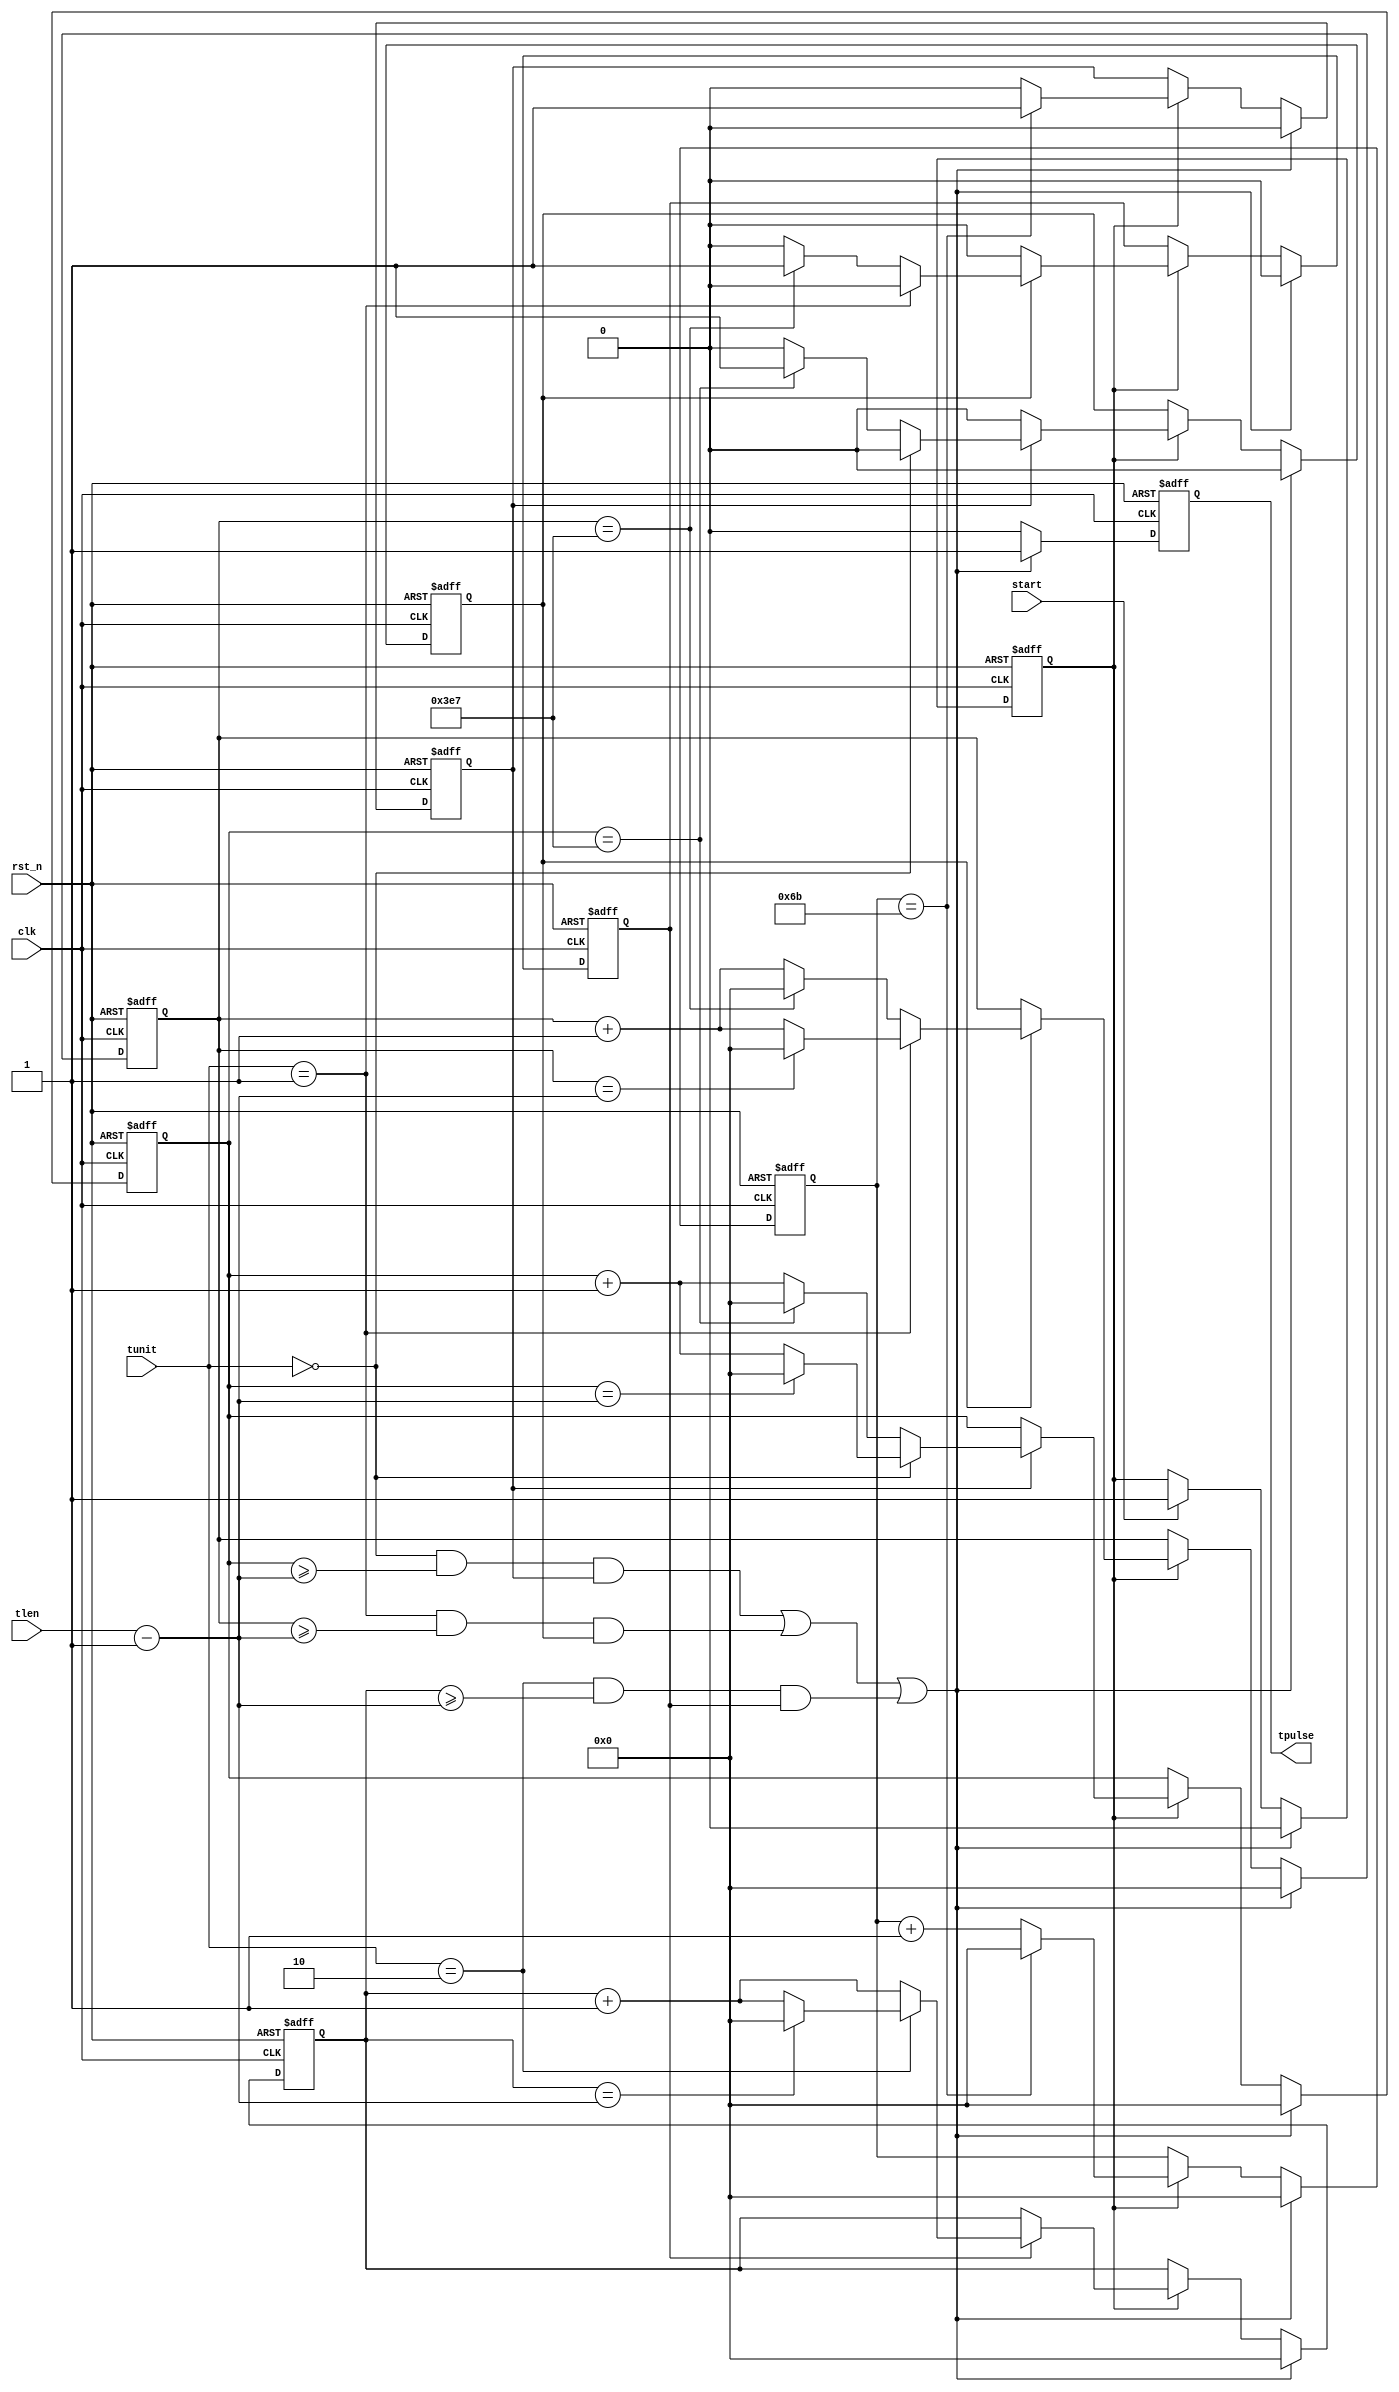

module timer(
    input                 clk               ,
    input                 rst_n             ,
    input                 start             ,
    input       [1:0]     tunit             ,  //2'b00 - us; 2'b01 - ms; 2'b10 - s; 2'b11 - reserved
    input       [15:0]    tlen              ,  //timing length, when time equal to tlen, tpulse valid
    output reg            tpulse
);

//parameters
parameter       CNT1US                     = 108                ;
parameter       CNT1MS                     = 1000               ;
parameter       CNT1S                      = 1000               ;

//internal variable declaration
reg                             t_cnt_en                        ;
reg                             pulse_1us                       ;
reg                             pulse_1ms                       ;
reg                             pulse_1s                        ;
reg     [15:0]                  cnt_clk                         ;
reg     [15:0]                  cnt_us                          ;
reg     [15:0]                  cnt_ms                          ;
reg     [15:0]                  cnt_s                           ;

wire                            timeout                         ;

assign timeout = (((tunit == 2'b00) && (cnt_us >= tlen - 10'b1) && (pulse_1us == 1'b1))
                     || ((tunit == 2'b01) && (cnt_ms >= tlen - 10'b1) && (pulse_1ms == 1'b1))
                     || ((tunit == 2'b10) && (cnt_s >= tlen - 10'b1) && (pulse_1s == 1'b1)));

always @(posedge clk or negedge rst_n)
begin
    if (rst_n == 1'b0)
    begin
        t_cnt_en <= 1'b0;
    end
    else
    begin
        if (timeout == 1'b1)
        begin
            t_cnt_en <= 1'b0;
        end
        else if (start == 1'b1)
        begin
            t_cnt_en <= 1'b1;
        end
        else
        begin
            t_cnt_en <= t_cnt_en;
        end
    end
end

always @(posedge clk or negedge rst_n)
begin
    if (rst_n == 1'b0)
    begin
        tpulse <= 1'b0;
    end
    else
    begin
        if (timeout == 1'b1)
        begin
            tpulse <= 1'b1;
        end
        else
        begin
            tpulse <= 1'b0;
        end
    end
end

always @(posedge clk or negedge rst_n)
begin
    if (rst_n == 1'b0)
    begin
        cnt_clk   <= 16'b0;
        pulse_1us <= 1'b0;
    end
    else if (timeout == 1'b1)
    begin
        cnt_clk   <= 16'b0;
        pulse_1us <= 1'b0;
    end
    else if (t_cnt_en == 1'b1)
    begin
        if (cnt_clk == (CNT1US - 1))
        begin
            cnt_clk   <= 16'b0;
            pulse_1us <= 1'b1;
        end
        else
        begin
            cnt_clk   <= cnt_clk + 16'b1;
            pulse_1us <= 1'b0;
        end
    end
end

always @(posedge clk or negedge rst_n)
begin
    if (rst_n == 1'b0)
    begin
        cnt_us <= 16'b0;
        pulse_1ms <= 1'b0;
    end
    else if (timeout == 1'b1)
    begin
        cnt_us <= 16'b0;
        pulse_1ms <= 1'b0;
    end
    else if (t_cnt_en == 1'b1)
    begin
        if (pulse_1us == 1'b1)
        begin
            if (tunit == 2'b00)
            begin
                pulse_1ms <= 1'b0;
                if (cnt_us == (tlen - 16'd1))
                begin
                    cnt_us <= 16'b0;
                end
                else
                begin
                    cnt_us <= cnt_us + 16'b1;
                end
            end
            else
            begin
                if (cnt_us == (CNT1MS - 16'd1))
                begin
                    cnt_us <= 16'b0;
                    pulse_1ms <= 1'b1;
                end
                else
                begin
                    cnt_us <= cnt_us + 16'b1;
                    pulse_1ms <= 1'b0;
                end
            end
        end
        else
        begin
            pulse_1ms <= 1'b0;
        end  
    end
end

always @(posedge clk or negedge rst_n)
begin
    if (rst_n == 1'b0)
    begin
        cnt_ms  <= 16'b0;
        pulse_1s <= 1'b0;
    end
    else if (timeout == 1'b1)
    begin
        cnt_ms  <= 16'b0;
        pulse_1s <= 1'b0;
    end
    else if (t_cnt_en == 1'b1)
    begin
        if (pulse_1ms == 1'b1)
        begin
            if (tunit == 2'b01)
            begin
                pulse_1s <= 1'b0;
                if (cnt_ms == (tlen - 16'd1))
                begin
                    cnt_ms  <= 16'b0;
                end
                else
                begin
                    cnt_ms  <= cnt_ms + 16'b1;
                end
            end
            else
            begin
                if (cnt_ms == (CNT1S - 16'd1))
                begin
                    cnt_ms  <= 16'b0;
                    pulse_1s <= 1'b1;
                end
                else
                begin
                    cnt_ms  <= cnt_ms + 16'b1;
                    pulse_1s <= 1'b0;
                end
            end
        end
        else
        begin
            cnt_ms  <= cnt_ms;
            pulse_1s <= 1'b0;
        end
    end
end

always @(posedge clk or negedge rst_n)
begin
    if (rst_n == 1'b0)
    begin
        cnt_s  <= 16'b0;
    end
    else if (timeout == 1'b1)
    begin
        cnt_s  <= 16'b0;
    end
    else if (t_cnt_en == 1'b1)
    begin
        if (pulse_1s == 1'b1)
        begin
            if (tunit == 2'b10)
            begin
                if (cnt_s == (tlen - 16'd1))
                begin
                    cnt_s  <= 16'b0;
                end
                else
                begin
                    cnt_s  <= cnt_s + 16'b1;
                end
            end
            else
            begin
                cnt_s  <= cnt_s + 16'b1;
            end
        end
        else
        begin
            cnt_s  <= cnt_s;
        end
    end
end

endmodule